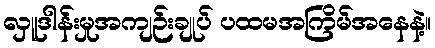
လှူဒါန်းမှုအကျဉ်းချုပ် ပထမအကြိမ်အနေနဲ့။